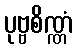
ပုဗ္ဗစိဏ္ဏံ